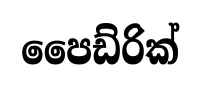
පෛඩ්රික්